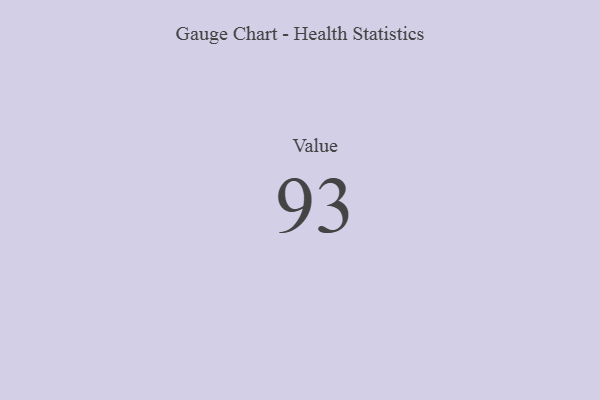
{"axis": {"x": "Metric", "y": "Value"}, "legend": [""], "data": [{"x": "Value", "y": 93, "type": ""}]}